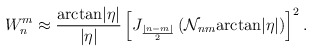
\begin{align*}W_n^m\approx\frac {\mbox{arctan}|\eta |}{|\eta |}\left[J_{\frac {|n-m|}2}\left({\cal N}_{nm}\mbox{arctan}|\eta |\right)\right]^2.\end{align*}